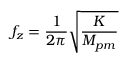
f _ { z } = \frac { 1 } { { 2 \pi } } \sqrt { \frac { K } { { M _ { p m } } } }